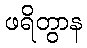
ဖရိတွာန